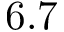
6 . 7